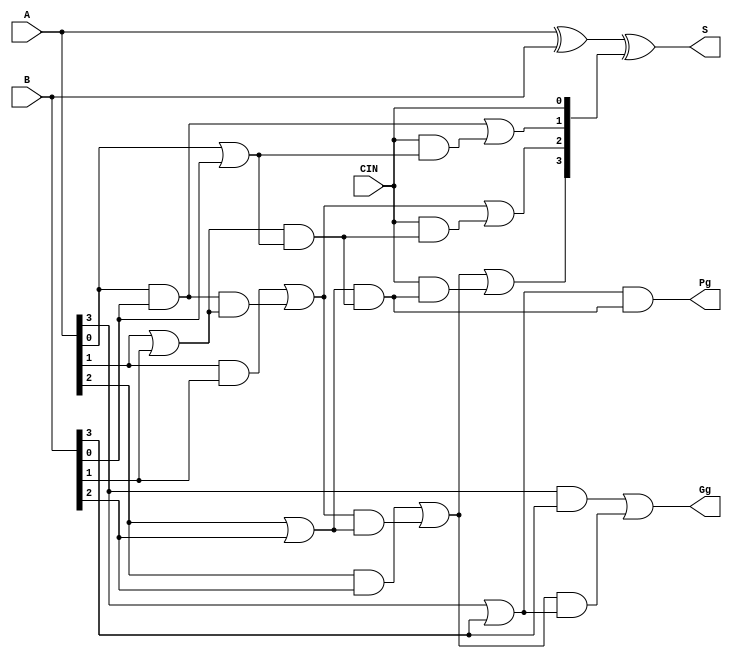
module my_cla( A, B, CIN, S, Gg, Pg );
  parameter N = 4;
  input [N-1:0] A, B;
  input CIN;
  output reg [N-1:0] S;
  output reg Gg, Pg;
  reg GGa, GPa;			// ACC vars for Gg & Pg outputs
  reg [N-1:0] G, P, C;		// generate, propogate and carry of each adder
  integer i;


  always @ (*) begin		//always when anything changes
    for( i = 0; i < N; i = i + 1 ) begin
      G[i] = A[i] & B[i];
      P[i] = A[i] | B[i];
    end

    GGa = G[0]; 		// ACC for GGa
    GPa = P[0];			// ACC for GPa

    C[0] = CIN;			// first carry in

    for( i = 1; i < N; i = i + 1 ) begin
      C[i] = GGa | (CIN & GPa);		//Carry in from previous bit
      GGa = G[i] | (GGa & P[i]);
      GPa = P[i] & GPa;
    end

    // Set outputs to final accumlated values
    Gg = GGa;
    Pg = GPa;
	 
	 //#2;
    S = A ^ B ^ C;		//Compute Sum (A XOR B XOR CIN)
	 //#2;
  end
endmodule